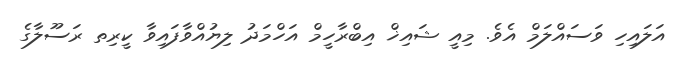
އަލައިހި ވަސައްލަމް އެވެ. މިއީ ޝައިޚް އިބްރާހީމް އަހްމަދު ލިޔުއްވާފައިވާ ކީރިތ ރަސޫލާގެ